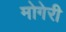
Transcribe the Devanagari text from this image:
मोगेरी